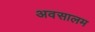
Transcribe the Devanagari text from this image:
अवसालम